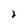
Character: 2